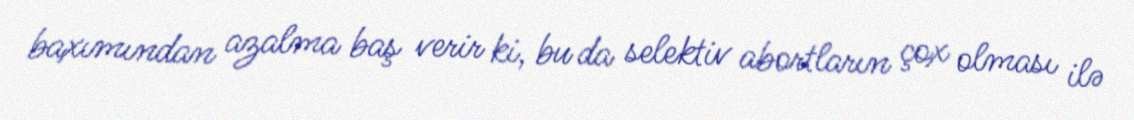
baxımından azalma baş verir ki, bu da selektiv abortların çox olması ilə